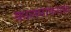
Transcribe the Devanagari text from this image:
कालमापनाचा